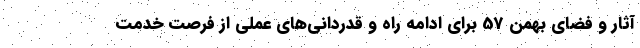
آثار و فضای بهمن 57 برای ادامه راه و قدردانی‌های عملی از فرصت خدمت